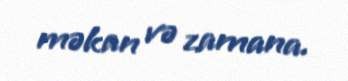
məkan və zamana.